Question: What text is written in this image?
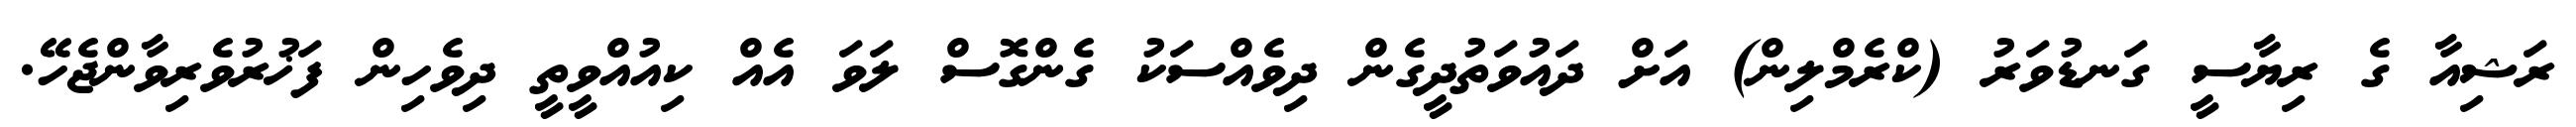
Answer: ރަޝިއާ ގެ ރިޔާސީ ގަނޑުވަރު (ކްރެމްލިން) އަށް ދައުވަތުދީގެން ދިވެއްސަކު ގެންގޮސް ލަވަ އެއް ކިއުއްވީތީ ދިވެހިން ފަޚުރުވެރިވާންޖެހޭ.